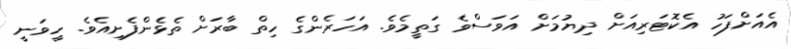
އެއަށްފަހު އެކޮޓަރިއަށް ދިޔުމަށް އަވަސްވެ ގަތީމެވެ. އަހަރެންގެ ހިތް ބާރަށް ތެޅެންފެށިއެވެ. ހީވަނީ